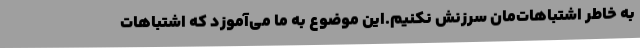
به خاطر اشتباهات‌مان سرزنش نکنیم.این موضوع به ما می‌آموزد که اشتباهات